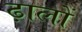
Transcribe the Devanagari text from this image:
ढ़ालों